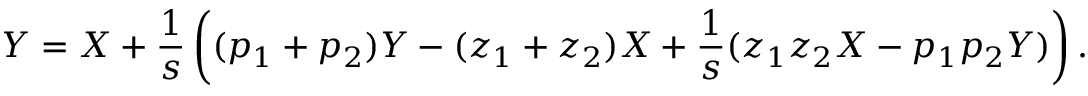
Y = X + { \frac { 1 } { s } } \left( ( p _ { 1 } + p _ { 2 } ) Y - ( z _ { 1 } + z _ { 2 } ) X + { \frac { 1 } { s } } ( z _ { 1 } z _ { 2 } X - p _ { 1 } p _ { 2 } Y ) \right) .